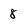
Character: 8